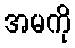
အမကို